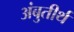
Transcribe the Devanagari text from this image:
अंबुतीर्थ